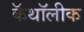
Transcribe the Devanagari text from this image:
कॅथॉलीक